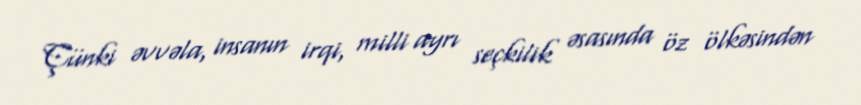
Çünki əvvəla, insanın irqi, milli ayrı seçkilik əsasında öz ölkəsindən